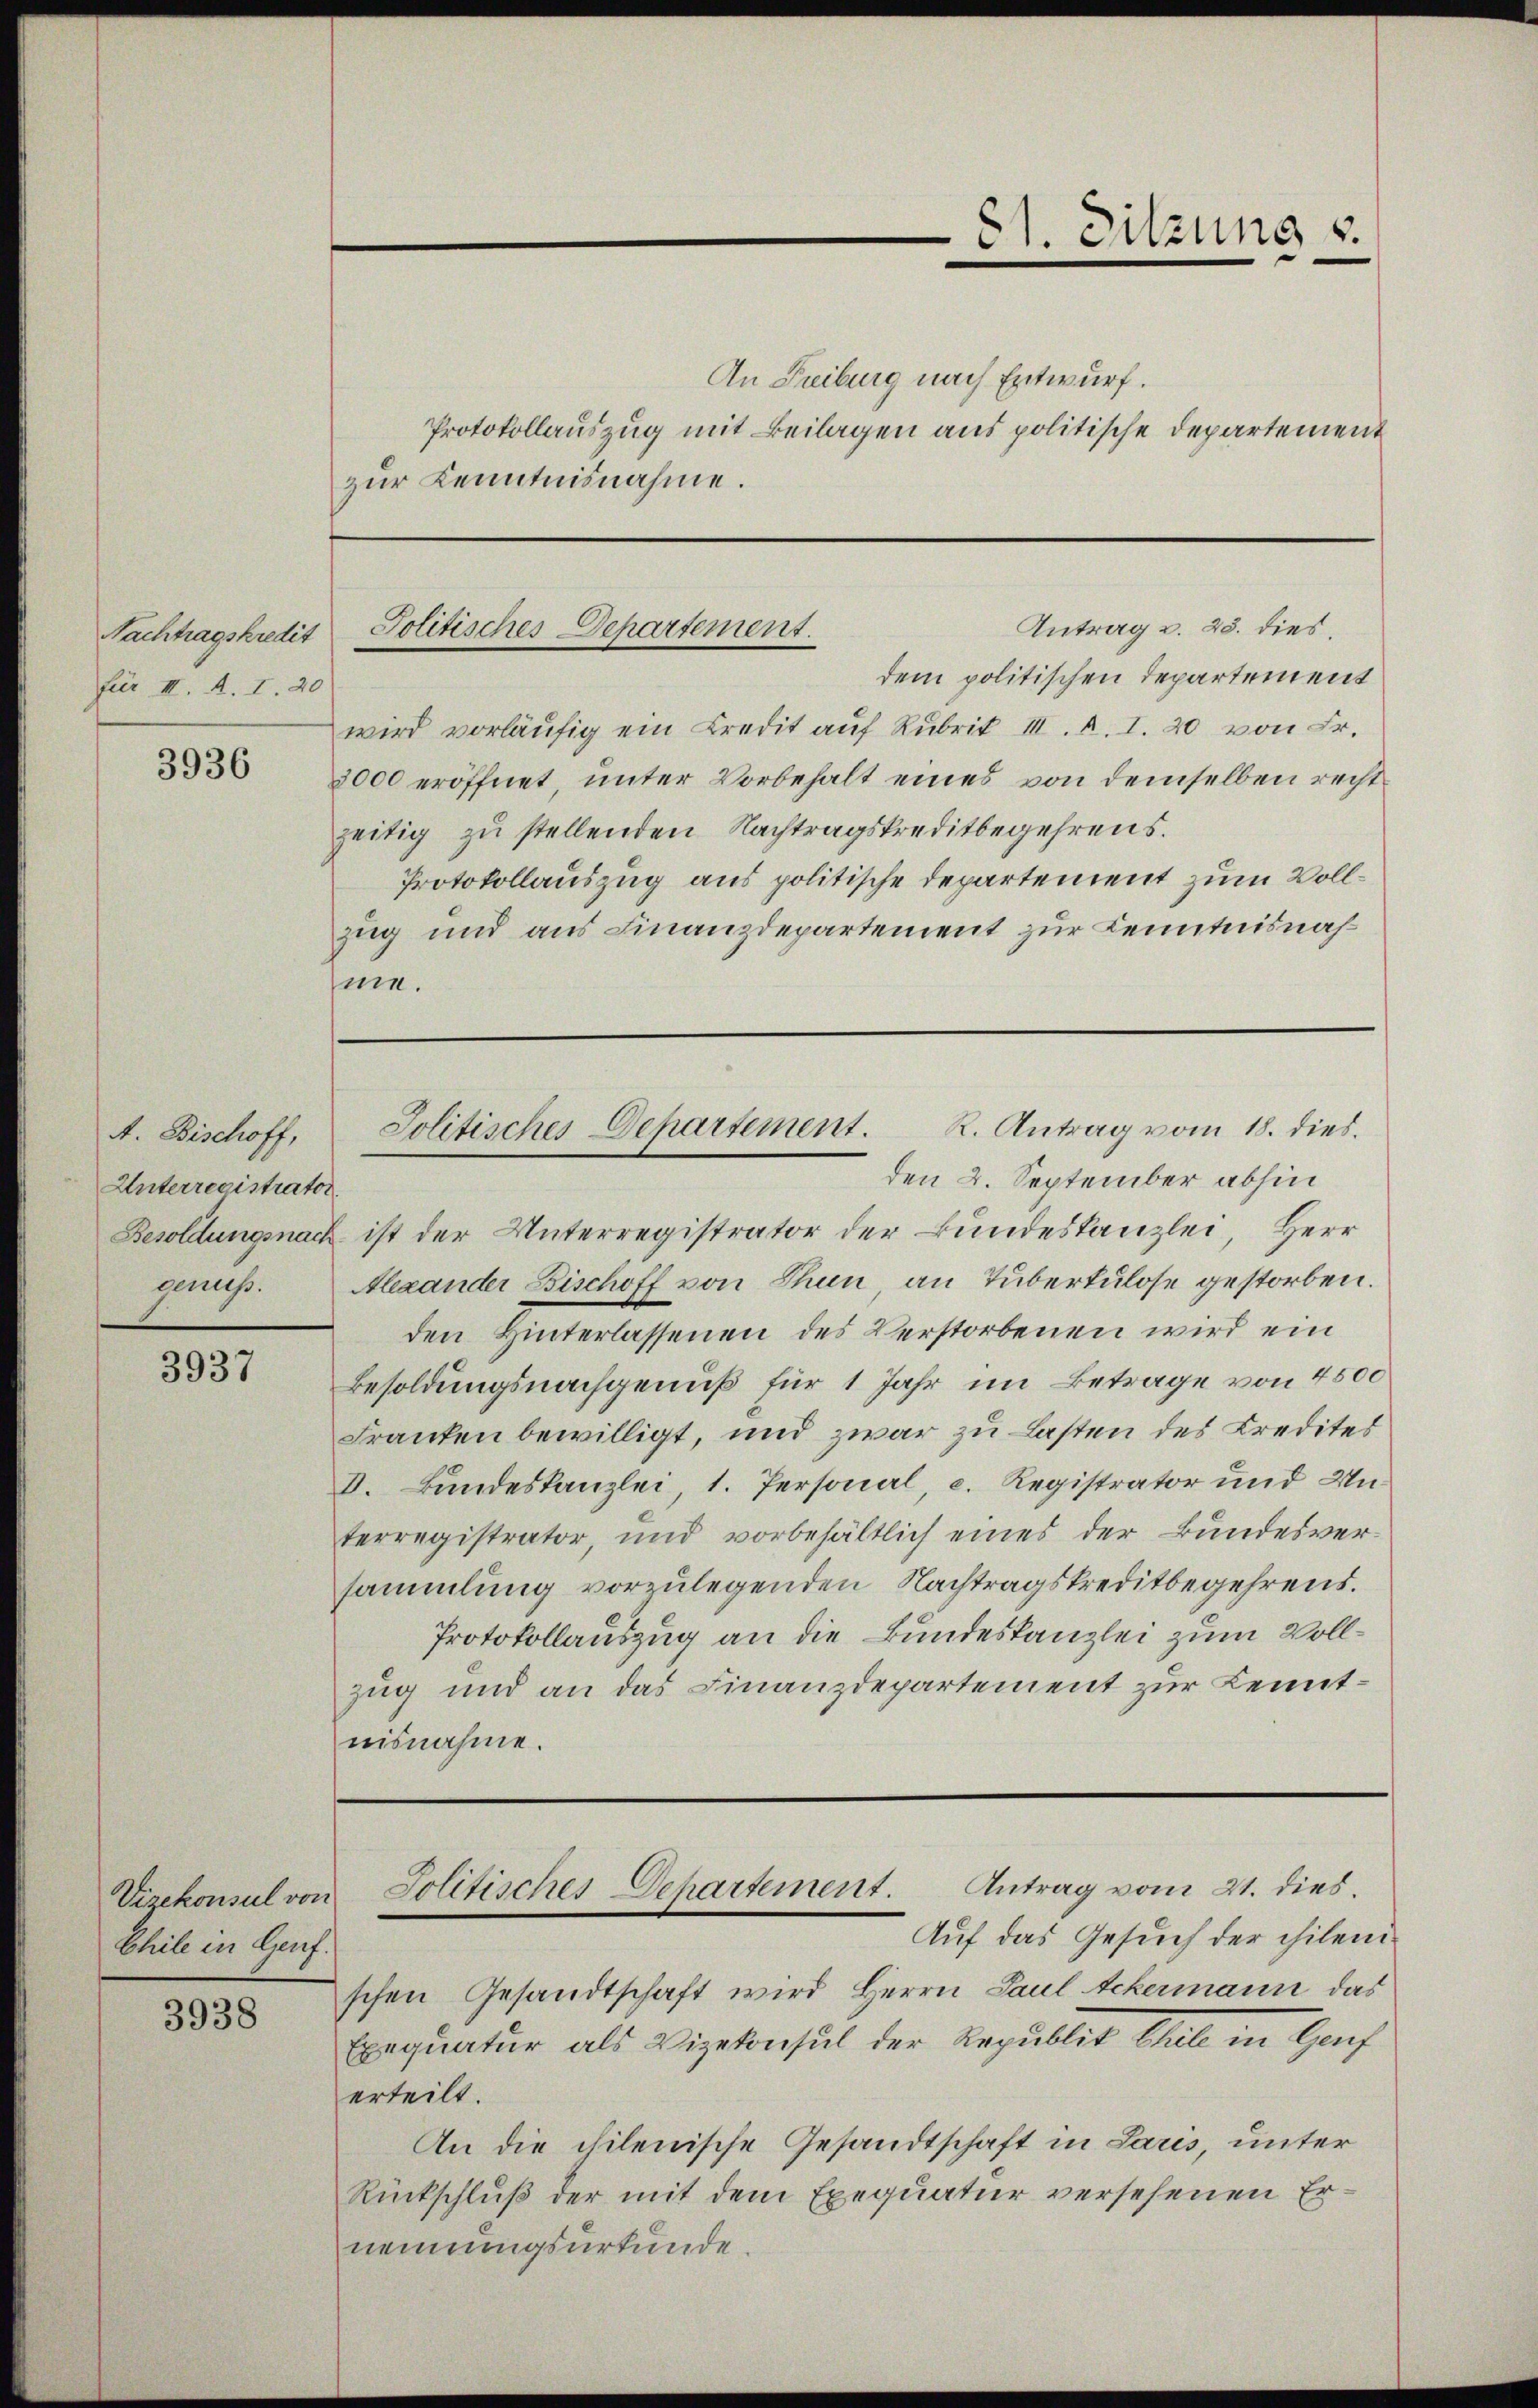
Nachtragskredit
für III. A. I. 40

3936

A. Bischoff,
Unterregistrator
genuss.

3937

Chile in Genf.

3938

An Freiburg nach Entwurf.
Protokollauszug mit Beilagen aus politische Departement
zur Kenntnisnahme.

dem politischen Departement
wird vorläufig ein Credit auf Rubrik III. R. I. 20 von Fr.
3000 eröffnet, unter Vorbehalt eines von demselben recht
zeitig zu stellenden Nachtragskreditbegehrens.
Protokollauszug aus politische Departement zum Vollzug und aus Finanzdepartement zur Kenntnisnahme.

81. Sitzung
e

Antrag v. 23. dies
Politisches Departement.

Besoldungsnach ist der Unterregistrator der Bundeskanzlei, Herr
Alexander Bischoff von Thun, an Tuberkulose gestorben.
den Hinterlassenen des Verstorbenen wird ein
Besoldungsnachgenuß für 1 Jahr im Betrage von 4500
Franken bewilligt, und zwar zu Lasten des Kredites
V. Bundeskanzlei, 1. Personal, c. Registrator und Unterregistrator, und vorbehältlich eines der Bundesversammlung vorzulegenden Nachtragskreditbegehrens.
Protokollauszug an die Bundeskanzlei zum Vollzug und an das Finanzdepartement zur Kenntnisnahme.

Jolitisches Departement. R. Antrag vom 18. dies.
den 2. September abhin

schen Gesandtschaft wird Herrn Paul Ackermann das
Exequatur als Vizekonsul der Republit Chale in Genf
erteilt.
An die chilenische Gesandtschaft in Laris, unter
Rückschluß der mit dem Exequatur versehenen Ernennungsurkunde.

Vizekonsul von Politisches Departement. Antrag vom 21. dies
Auf das Gesuch der chilen¬